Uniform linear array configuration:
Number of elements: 12
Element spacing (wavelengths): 1
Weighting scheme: binomial
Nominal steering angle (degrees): -30
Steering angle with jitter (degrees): -31.41
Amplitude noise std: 0.05
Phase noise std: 0.05

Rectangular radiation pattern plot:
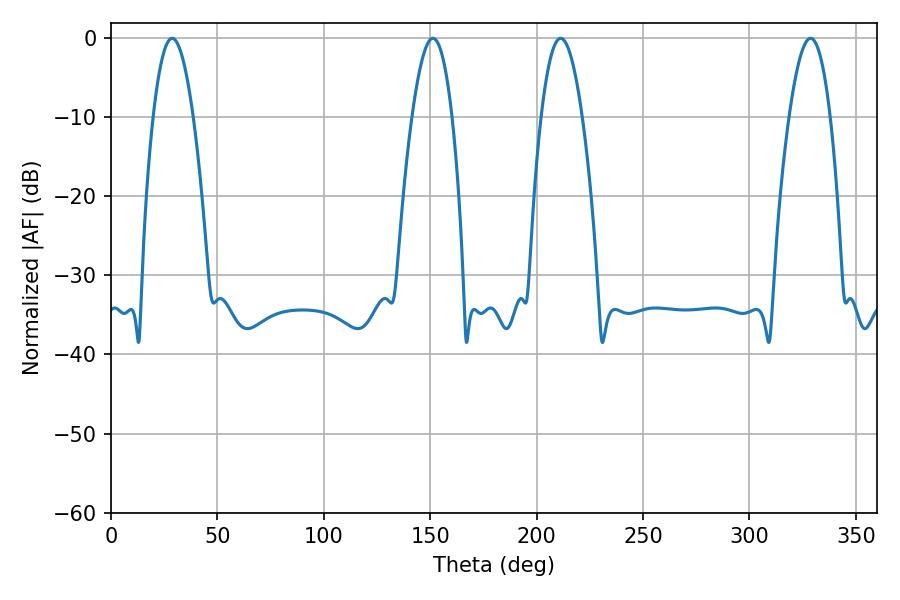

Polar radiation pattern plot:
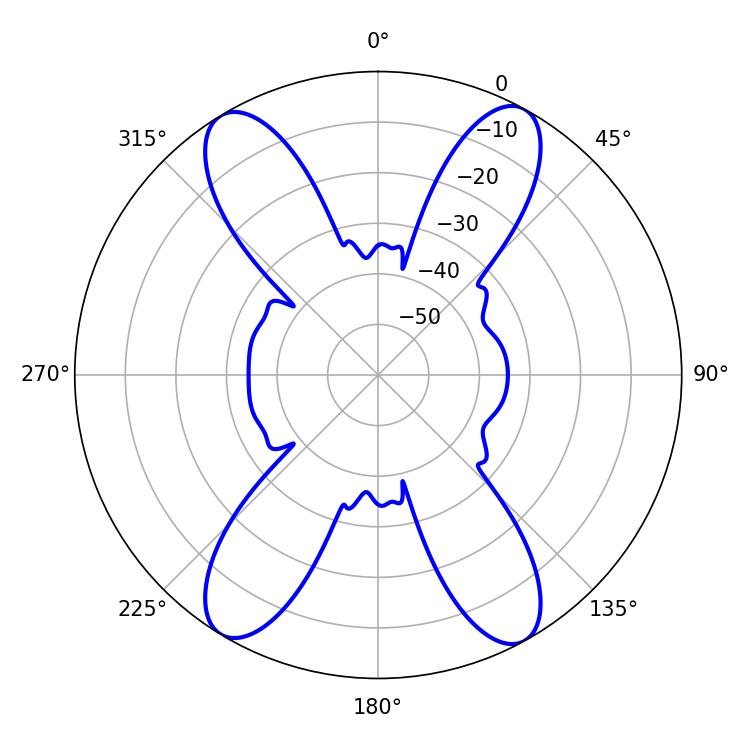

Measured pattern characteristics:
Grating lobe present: TRUE
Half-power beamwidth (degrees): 10.62
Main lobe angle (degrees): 328.68